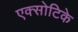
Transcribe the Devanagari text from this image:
एक्सोटिके